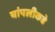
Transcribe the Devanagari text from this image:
यांपलीकडे